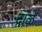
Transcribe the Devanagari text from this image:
दाळे